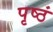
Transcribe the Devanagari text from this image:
पृष्ठं